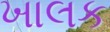
ખાલક